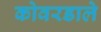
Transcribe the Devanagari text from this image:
कोवरडाले